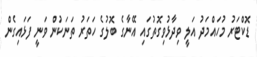
ޑޮކްޓަރު މުހައްމަދު އަލީ ވިދާޅުވިގޮތުގައި އޭނާގެ ބޮލުގެ ހަތަރު ތަނަކުން ވަނީ ފަޅައިގެން